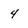
Character: 4